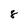
Character: 8